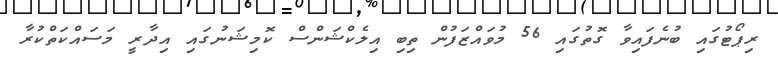
ރިޕޯޓުގައި ބުނެފައިވާ ގޮތުގައި 56 މުވައްޒަފުން ތިބި އިލެކްޝަންސް ކޮމިޝަނުގައި އިދާރީ މަސައްކަތްކުރާ